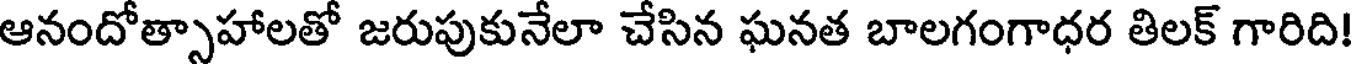
ఆనందోత్సాహాలతో జరుపుకునేలా చేసిన ఘనత బాలగంగాధర తిలక్ గారిది!